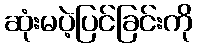
ဆုံးမပဲ့ပြင်ခြင်းကို